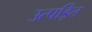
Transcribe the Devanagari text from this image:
उत्पड़ित